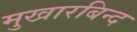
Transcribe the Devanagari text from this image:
मुखारबिन्द